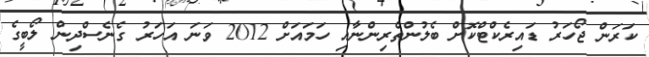
ކަރަން ޖޯހަރު ޑައިރެކްޓްކޮށް ބެލުންތެރިންނާއި ހަމައަށް 2012 ވަނަ އަހަރު ގެނެސްދިން ލޯބީގެ